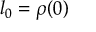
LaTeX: l _ { 0 } = \rho ( 0 )